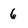
Character: 6